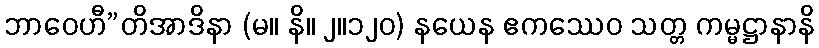
ဘာဝေဟီ”တိအာဒိနာ (မ။ နိ။ ၂။၁၂၀) နယေန ဧကဿေဝ သတ္တ ကမ္မဋ္ဌာနာနိ